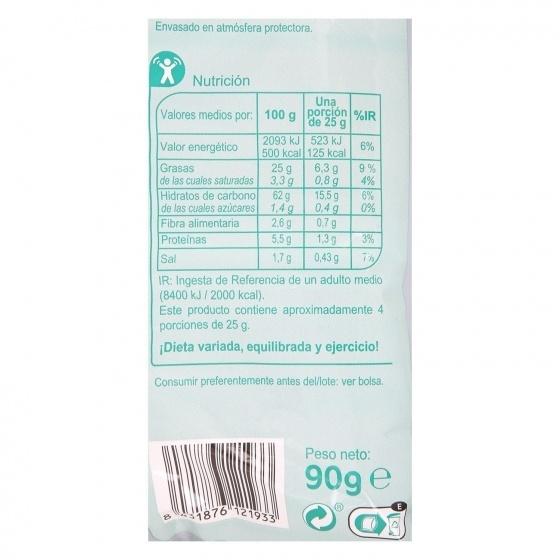
Envasado en atmósfera protectora.
Nutrición
Una
porçión %IR
Valores medios por: 100 g
de 25 g 2093 kJ 523 kJ 500 kcal 125 kcal 6,3 g
6%
Valor energético
25 g
9% 4%
Grasas de las cuales saturadas Hidratos de carbono de las cuales azúcares 1,4 g Fibra alimentaria Proteínas
3,3 g
0,8 g
62 g
15,5g
6% 0%
0.4 g 0,7 g
2,6 g
1,3 g
5,5 g 1,79
3%
0,43 g
Sal
IR: Ingesta de Referencia de un adulto medio (8400 kJ / 2000 kcal). Este producto contiene aproximadamente 4 porciones de 25 g.
iDieta variada, equilibrada y ejercicio!
Consumir preferentemente antes del/lote: ver bolsa.
Peso neto:
90g e
1876 121933